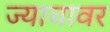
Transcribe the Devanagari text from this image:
ज्याचावर